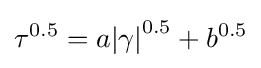
{\tau }^{0.5}={{a}{|\gamma |}^{0.5}+b^{0.5}}